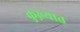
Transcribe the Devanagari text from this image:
कुख़्यात